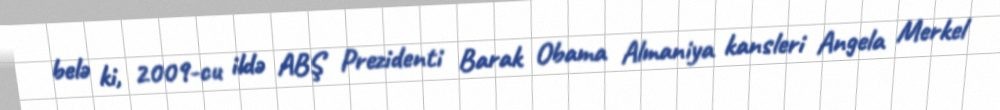
belə ki, 2009-cu ildə ABŞ Prezidenti Barak Obama Almaniya kansleri Angela Merkel